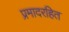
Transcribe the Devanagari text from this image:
प्रमादरहित